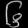
Digit: ၆